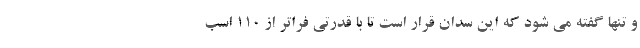
و تنها گفته می شود که این سدان قرار است تا با قدرتی فراتر از ۱۱۰ اسب